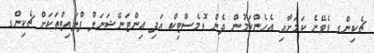
ޗެކިންގ ވެވޭނެ ކަމަށާއި އެހެންކަމުން ދެން ޑޮމެސްޓިކް އަދި އިންޓަނޭޝަނަލް ފްލައިޓްތަކަށް ޗެކިންގ